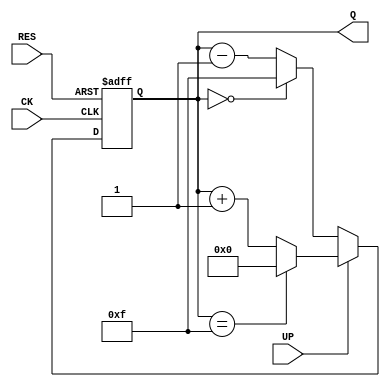
module updowncount(RES, CK, UP, Q);
input wire RES, CK, UP;
output reg [3:0] Q;

always @(posedge CK or posedge RES) begin
  if (RES == 1'b1) begin
    Q <= 0;
  end else if (UP == 1'b1) begin
    if (Q == 15)
      Q <= 0;
    else
      Q <= Q + 1;
  end else begin
    if (Q == 0)
      Q <= 15;
    else
      Q <= Q - 1;
  end
end

endmodule